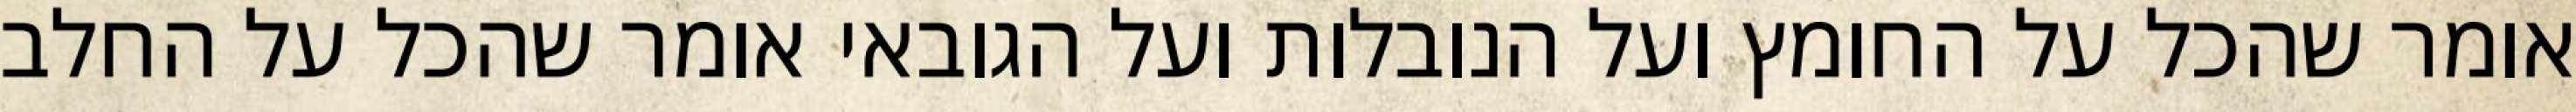
אומר שהכל על החומץ ועל הנובלות ועל הגובאי אומר שהכל על החלב